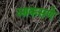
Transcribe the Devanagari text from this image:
आकसणे